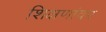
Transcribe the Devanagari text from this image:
शिक्षणांवर